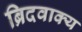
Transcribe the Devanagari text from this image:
ब्रिदवाक्य